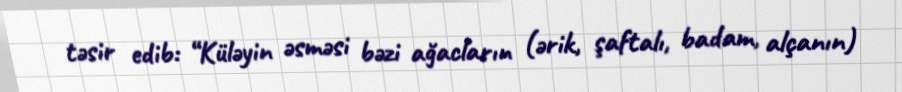
təsir edib: “Küləyin əsməsi bəzi ağacların (ərik, şaftalı, badam, alçanın)